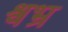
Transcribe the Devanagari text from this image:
श्वभ्र